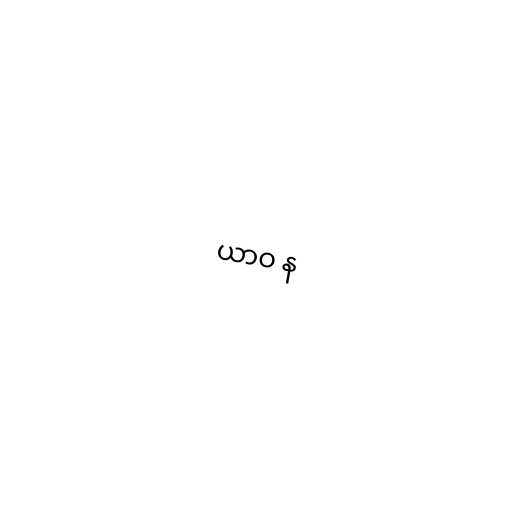
ယာဝ န